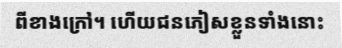
ពីខាងក្រៅ។ ហើយជនភៀសខ្លួនទាំងនោះ